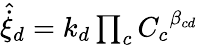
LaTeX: \begin{array}{r}{{\hat{\dot{\xi}}}_{d}=k_{d}\prod_{c}{C_{c}}^{\beta_{cd}}}\end{array}